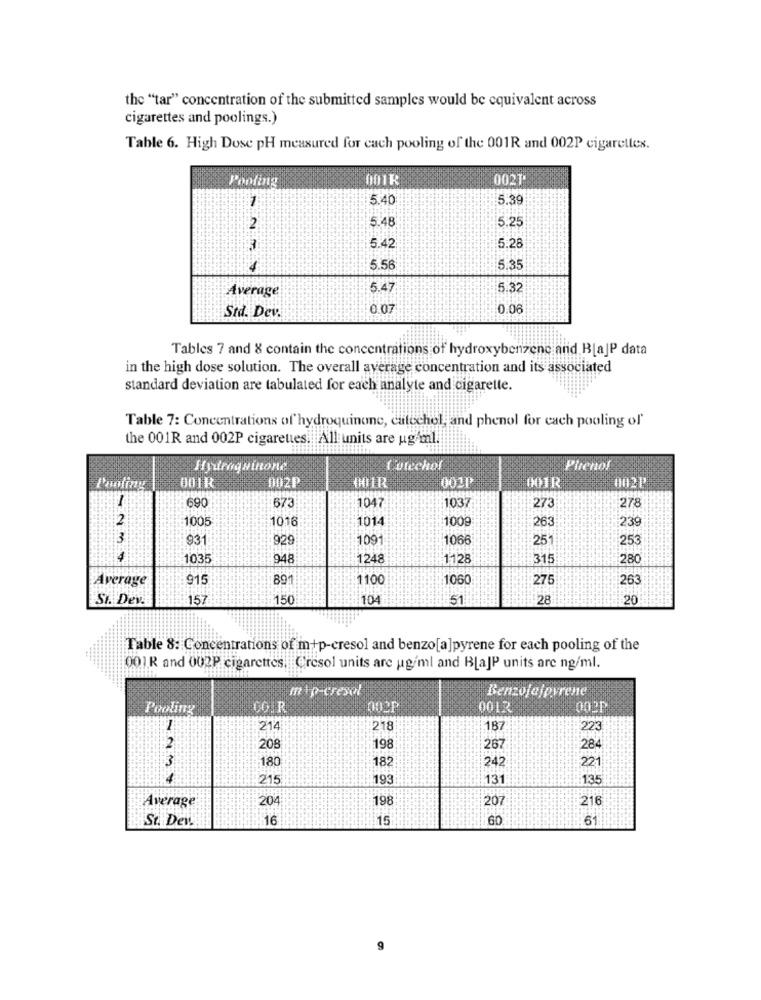
the "tar" concentration of the submitted samples would be equivalent across
cigarettes and poolings.)
Table 6. High Dose pH measured for cach pooling of the 001R and 002P cigarettes.
Pooling
001K
0021
7
5.40
5.39
5.48
5.25
5.42
5.28
5.56
5.3
Average
5.47
5.32
0.07
0.06
Std. Dev.
Tables 7 and 8 contain the concentrations of hydroxybenzene and BlaJP data
in the high dose solution. The overall average concentration and its associated
standard deviation are tabulated for each analyte and cigarette.
Table 7: Concentrations of hydroquinone, catechol and phenol for cach pooling of'
the 001R and 002P cigarettes. All units are ugAl.
Hydroquinone
Plenof
Pooling
001R
002P
002P
001R
002P
690
673
1037
278
1047
273
2
1005
1016
1014
1009
263
239
3
931
929
1091
1066
25
253
1035
948
1248
1128
315
280
Average
915
891
1100
1060
275
263
Si. Dev.
157
150
104
51
28
20
Table 8: Concentrations of m +p-cresol and benzo[a]pyrene for each pooling of the
001R and 002P cigarettes, Cresol units are ug/ml and BlaJP units are ng/ml.
mip-cresol
Benzojajpyrene
Pooling
00.R
002P
0012
002P
214
218
18
223
208
198
267
284
180
182
221
242
21
193
131
135
Average
204
198
207
216
St. Det!
16
15
GD
:. 61